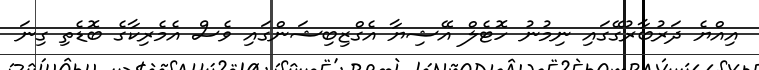
އިއްޔެ ދަރުބާރުގޭގައި ނިމުނު ހޮޓެލް އޭޝިޔާ އެގްޒިބިޝަންގައި ވެސް އެމެރިކާގެ ބޮޑެތި ގިނަ